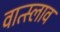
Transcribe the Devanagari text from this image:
वात्स्लाव